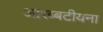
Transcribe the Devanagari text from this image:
आरब्बटीयना